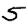
Digit: 5